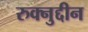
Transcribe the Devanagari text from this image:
रुक्नुद्दीन